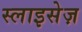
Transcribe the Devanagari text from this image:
स्लाइसेज़